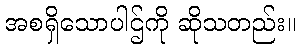
အစရှိသောပါဌ်ကို ဆိုသတည်း။